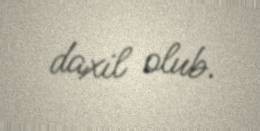
daxil olub.